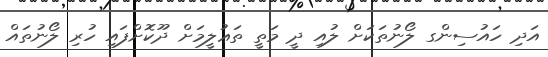
އަދި ހައުސިންގ ލޯނުތަކަށް ލުއި ދީ މަތީ ތަޢުލީމަށް ދޫކޮށްފައި ހުރި ލޯނުތައް